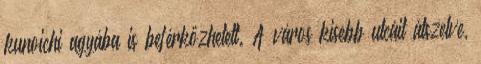
kunoichi agyába is beférkőzhetett. A város kisebb utcáit átszelve,